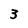
Character: 3